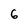
Character: 6